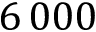
6 \, 0 0 0